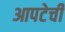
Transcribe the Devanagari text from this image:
आपटेची